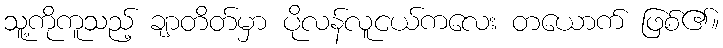
သူ့ကိုကူသည့် ချာတိတ်မှာ ပိုလန်လူငယ်ကလေး တယောက် ဖြစ်၏။